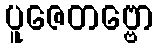
ပူဇေတဗ္ဗော